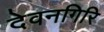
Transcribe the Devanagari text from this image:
देवनगिरि